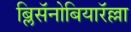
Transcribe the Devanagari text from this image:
ब्लिसॅनोबियारॅल्ला